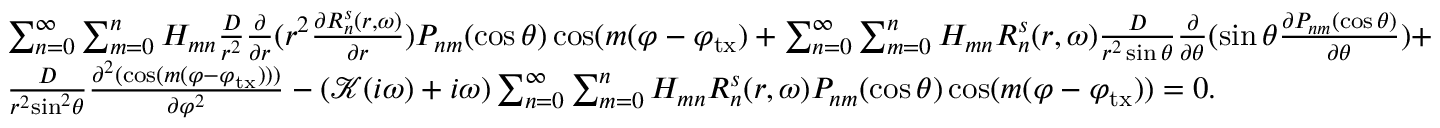
\begin{array} { l } { \sum _ { n = 0 } ^ { \infty } \sum _ { m = 0 } ^ { n } H _ { m n } \frac { D } { { { r ^ { 2 } } } } \frac { \partial } { { \partial r } } ( { r ^ { 2 } } \frac { { \partial R _ { n } ^ { s } ( r , \omega ) } } { { \partial r } } ) P _ { n m } ( \cos \theta ) \cos ( m ( \varphi - \varphi _ { \mathrm { t x } } ) + \sum _ { n = 0 } ^ { \infty } \sum _ { m = 0 } ^ { n } H _ { m n } R _ { n } ^ { s } ( r , \omega ) \frac { D } { { { r ^ { 2 } } \sin \theta } } \frac { \partial } { { \partial \theta } } ( \sin \theta \frac { { \partial P _ { n m } ( \cos \theta ) } } { { \partial \theta } } ) + } \\ { \frac { D } { { { r ^ { 2 } } { { \sin } ^ { 2 } } \theta } } \frac { { { \partial ^ { 2 } } ( \cos ( m ( \varphi - \varphi _ { \mathrm { t x } } ) ) ) } } { { \partial { \varphi ^ { 2 } } } } - ( \mathcal K ( i \omega ) + { i \omega } ) \sum _ { n = 0 } ^ { \infty } \sum _ { m = 0 } ^ { n } H _ { m n } R _ { n } ^ { s } ( r , \omega ) P _ { n m } ( \cos \theta ) \cos ( m ( \varphi - \varphi _ { \mathrm { t x } } ) ) = 0 . } \end{array}